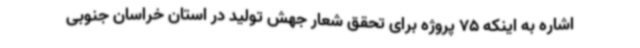
اشاره به اینکه 75 پروژه برای تحقق شعار جهش تولید در استان خراسان جنوبی